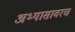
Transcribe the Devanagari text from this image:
अभ्यासावरच